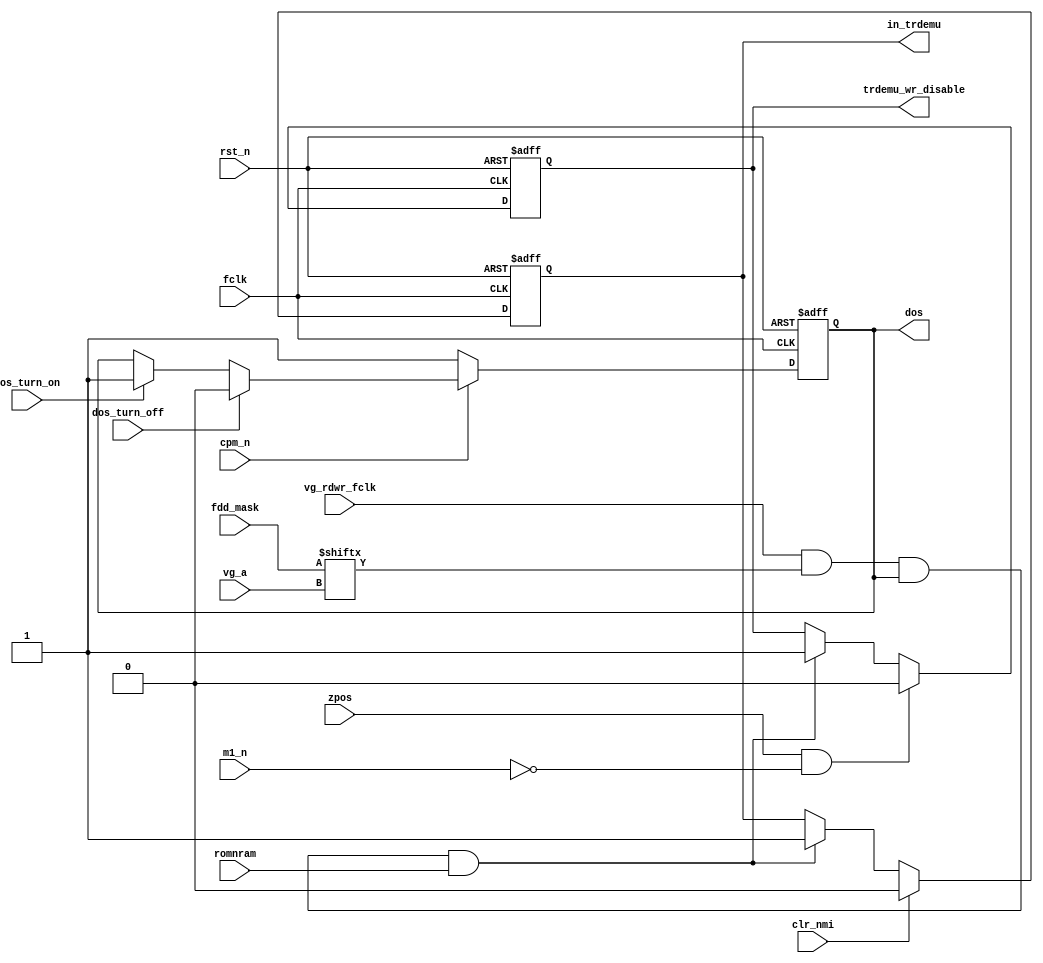
module zdos(
	input  wire        fclk,
	input  wire        rst_n,
	input  wire        dos_turn_on,
	input  wire        dos_turn_off,
	input  wire        cpm_n,
	output reg         dos,
	input  wire        zpos,
	input  wire        m1_n,
	output reg         in_trdemu,
	input  wire        clr_nmi, 
	input  wire        vg_rdwr_fclk,
	input  wire [ 3:0] fdd_mask,
	input  wire [ 1:0] vg_a,
	input  wire        romnram,
	output reg         trdemu_wr_disable
);
	wire trdemu_on = vg_rdwr_fclk && fdd_mask[vg_a] && dos && romnram;
	always @(posedge fclk, negedge rst_n)
	if( !rst_n )
	begin
		dos = 1'b1;
	end
	else 
	begin
		if( !cpm_n )
			dos <= 1'b1;
		else if( dos_turn_off )
			dos <= 1'b0;
		else if( dos_turn_on )
			dos <= 1'b1;
	end
	always @(posedge fclk, negedge rst_n)
	if( !rst_n )
		in_trdemu <= 1'b0;
	else if( clr_nmi )
		in_trdemu <= 1'b0;
	else if( trdemu_on )
		in_trdemu <= 1'b1;
	always @(posedge fclk, negedge rst_n)
	if( !rst_n )
		trdemu_wr_disable <= 1'b0;
	else if( zpos && !m1_n )
		trdemu_wr_disable <= 1'b0;
	else if( trdemu_on )
		trdemu_wr_disable <= 1'b1;
endmodule